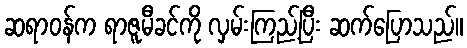
ဆရာဝန်က ရာဇူမီခင်ကို လှမ်းကြည့်ပြီး ဆက်ပြောသည်။